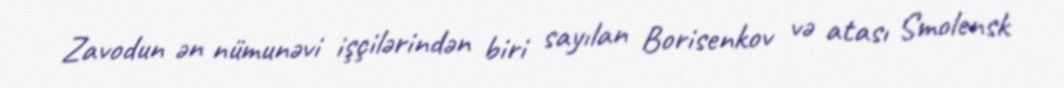
Zavodun ən nümunəvi işçilərindən biri sayılan Borisenkov və atası Smolensk